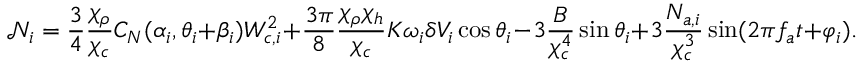
\mathcal { N } _ { i } = \frac { 3 } { 4 } \frac { \chi _ { \rho } } { \chi _ { c } } C _ { N } ( \alpha _ { i } , \theta _ { i } + \beta _ { i } ) W _ { c , i } ^ { 2 } + \frac { 3 \pi } { 8 } \frac { \chi _ { \rho } \chi _ { h } } { \chi _ { c } } K \omega _ { i } \delta V _ { i } \cos \theta _ { i } - 3 \frac { B } { \chi _ { c } ^ { 4 } } \sin \theta _ { i } + 3 \frac { N _ { a , i } } { \chi _ { c } ^ { 3 } } \sin ( 2 \pi f _ { a } t + \varphi _ { i } ) .